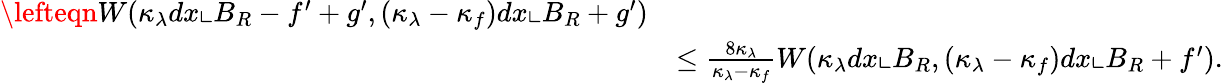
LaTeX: \begin{array}{rl}{\lefteqn{W(\kappa_{\lambda}dx\llcorner B_{R}-f^{\prime}+g^{\prime},(\kappa_{\lambda}-\kappa_{f})dx\llcorner B_{R}+g^{\prime})}}\\ &{\le\frac{8\kappa_{\lambda}}{\kappa_{\lambda}-\kappa_{f}}W(\kappa_{\lambda}dx\llcorner B_{R},(\kappa_{\lambda}-\kappa_{f})dx\llcorner B_{R}+f^{\prime}).}\end{array}